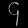
Digit: ၄